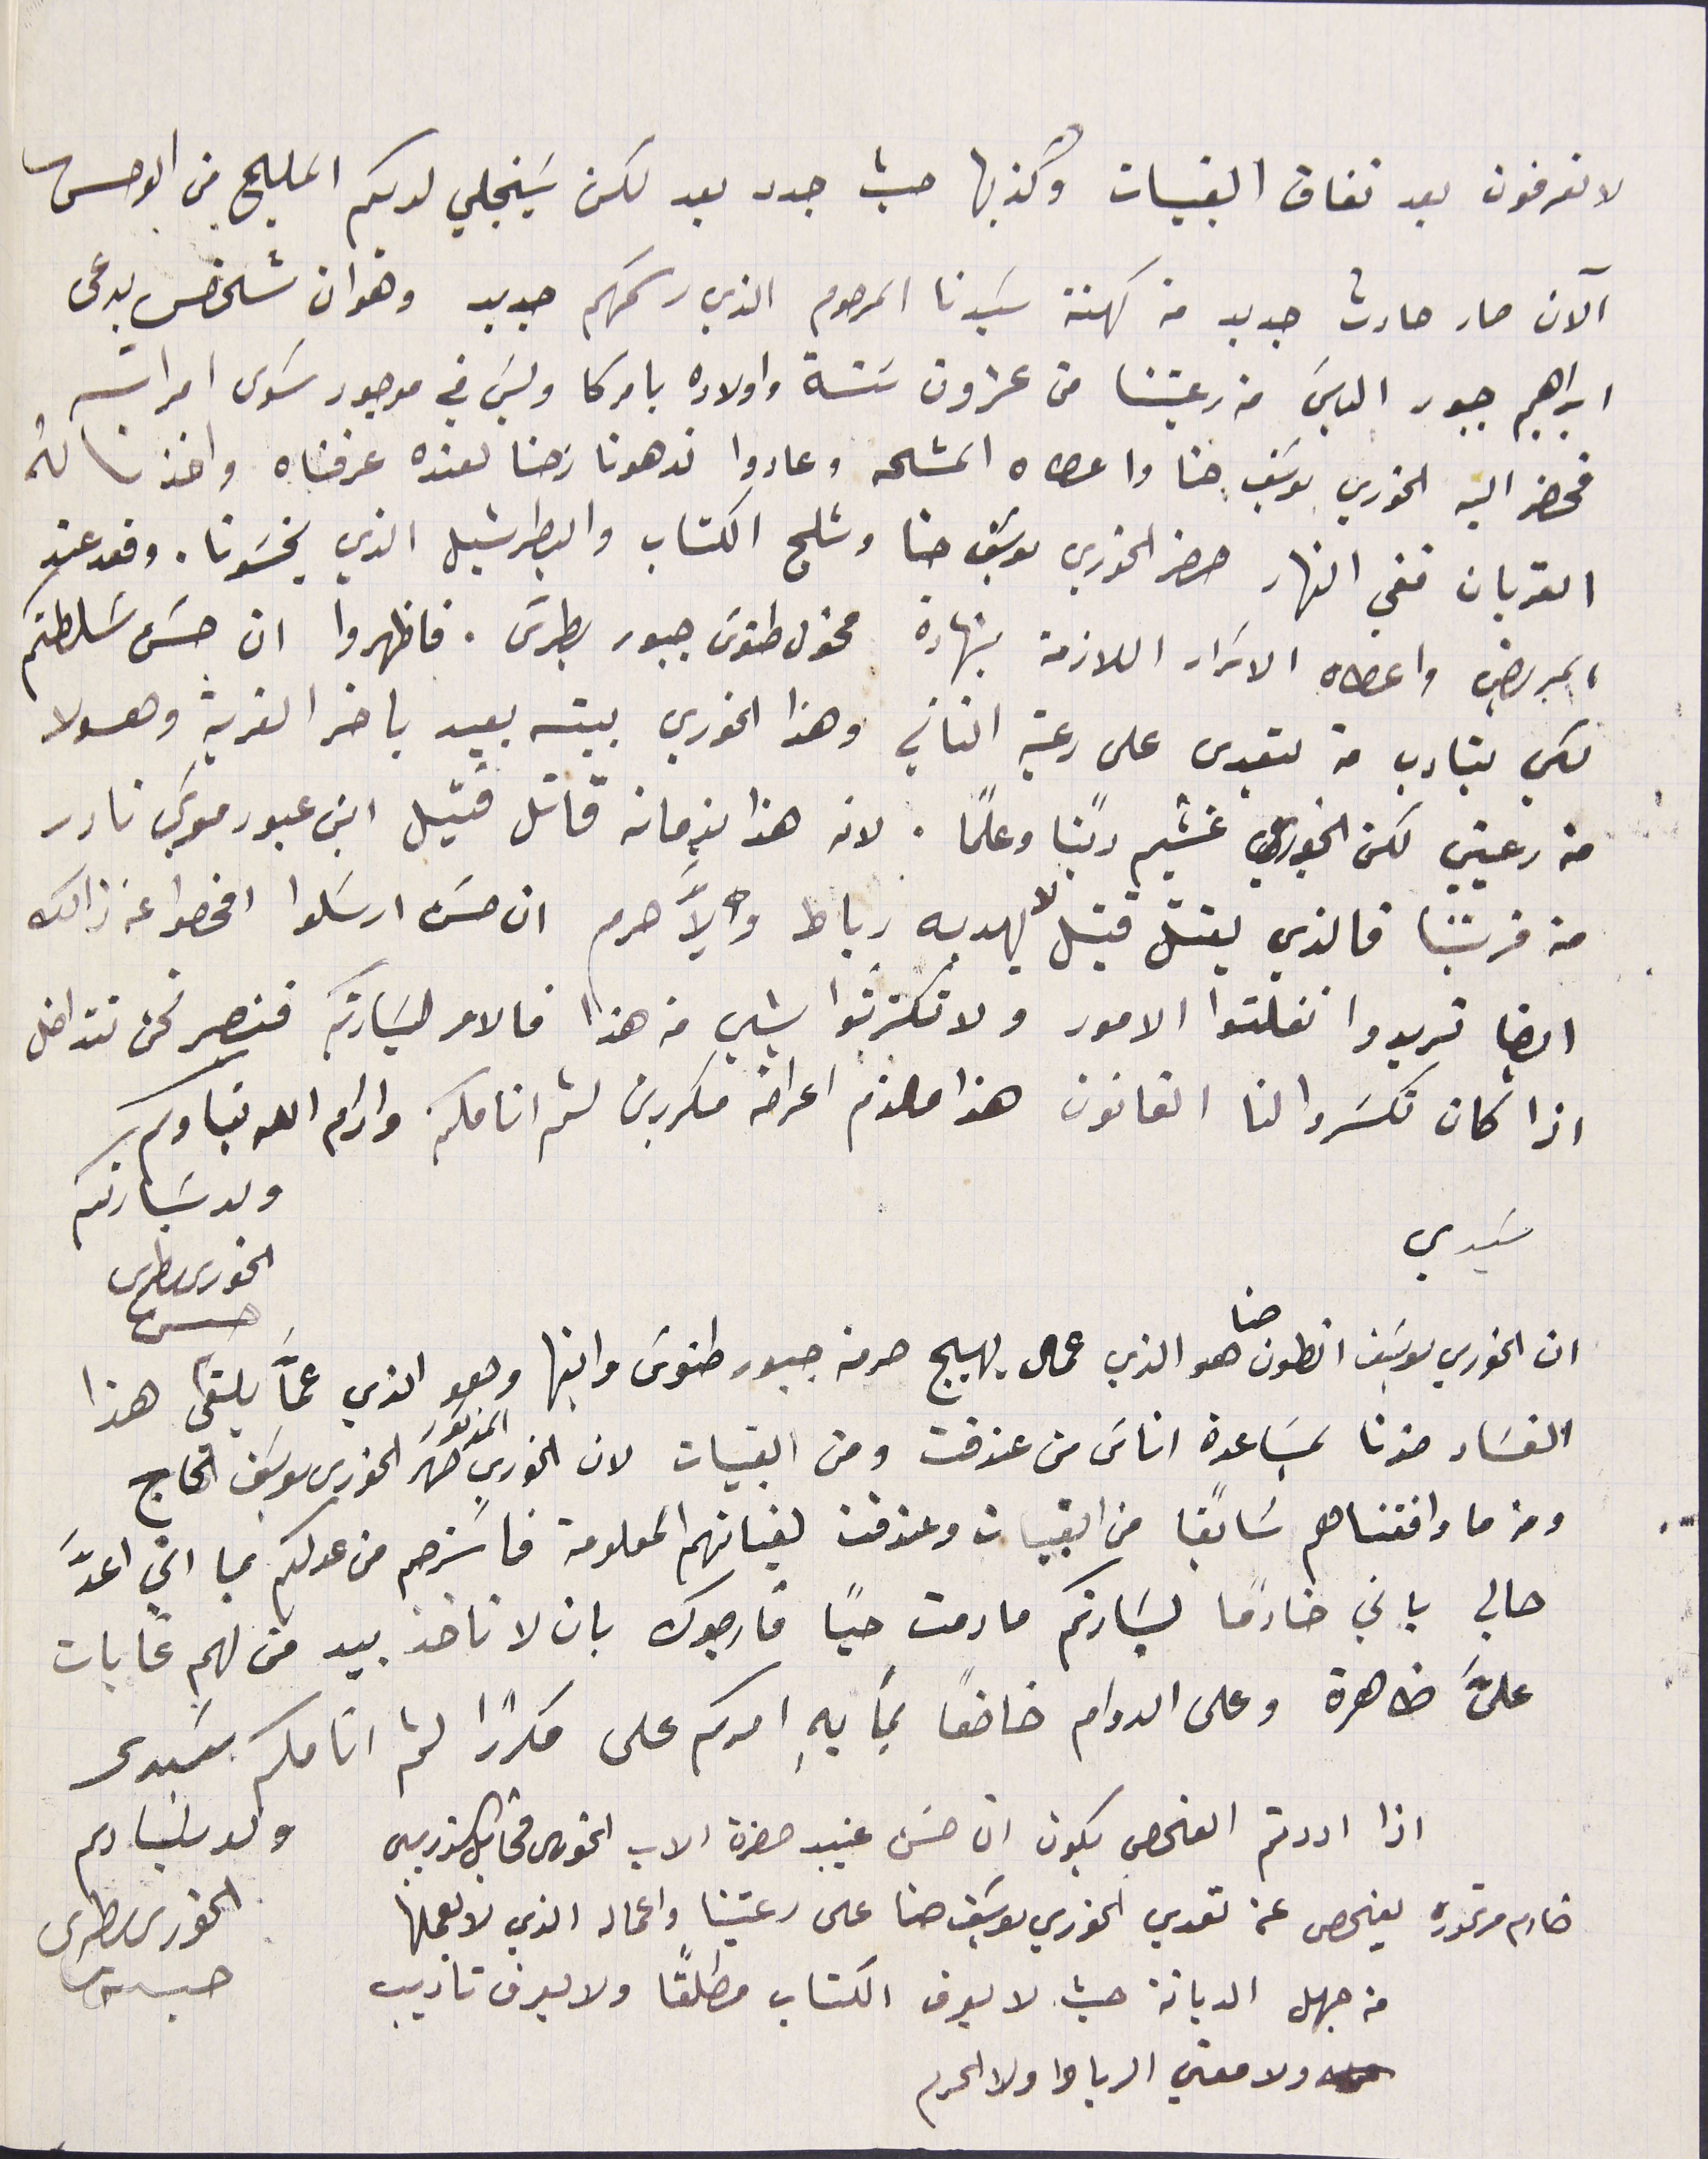
لا تعرفون بعد نفاق القبيات وكذبها حيث جدد بعد لكن سَينجلي لديكم المليح من الوحس
الآن صار حادث جديد من كهنة سَيدنا المرحوم الذي رسَمهم جديد وهو ان شخص يدعى
ابراهيم جبور الياسَ من رعيتنا من عشرون سَنة واولاده بامركا وليسَ في موجود سوى امراته
فحضر اليه الخوري يوسَف حنا واعطاه المشحه وعادوا ندهونا رحنا لعنده عرفناه واخذنا لهُ
القربان ففي النهار حضر الخوري يوسَف حنا وشلح الكتاب والبطرشيل الذي يخسَونا. وقعد عند
المريض واعطاه الاسَرار اللازمة بشهادة مخول طنوسَ جبور بطرسَ. فاظهروا ان حسَن سَلطتكم
لكي يتادب من يتعدى على رعية التاني وهذا الخوري بيته بعيد باخر القرية وهو لا
من رعيتي لكن الخوري غشيم دينًا وعلمًا. لانه هذا بزمانه قاتل قتيل ابن عبود موسَي نادر
 من قريتنا فالذي يقتل قتيل لا يهديه رباط والاَّ حرم ان حسَن ارسَلوا افحصوا عن ذالك
ايضا تريدوا نفلتوا الامور ولا تكترثوا بشي من هذا فالامر لسَيادتكم فنصير نحن نتداخل
اذا كان تكسَروا لنا القانون هذا ملزم اعراضه مكررين لثم انامكم وادام الله بقاوكم
سَيدي
 ان الخوري يوسَف انطون حنا هو الذي عمال يهيج حرمة جبور طنوسَ وابنها وهو الذي عمَّا يلقي هذا
الخورى بطرس حسن
الفسَاد ضدنا بمسَاعدة اناسَ من عندقت ومن القبيات لان الخوري المذكور صهرَ الخورى يوسَف الحاج
 ومن ما وافقناهم سَابقًا من القبيات وعندقت لغياتهم المعلومة فاسَترحم من عدلكم بما اني اعدَّ
حالي باني خادماً لسَيادتكم مادمت حيًا فارجوك بان لا تاخذ بيد من لهم غايات
 علىَّ ظاهرة وعلى الدوام خاضعاً بما بهِ امركم على مكرراً لثم انامكم سيدي
اذا اردتم الفحص يكون ان حسَن غيب حضرة الاب الخورى مخايل الذريبي                                           ولد سَيادىم
خادم مرتموره يفحص عن تعدي الخوري يوسَف حنا على رعيتنا واعماله الذي لا نعملها
من جهل الديانة حيث لا يعرف الكتاب مطلقًا ولا يعرف تاديب
ولا معني الرباط ولا الحرم
ولد سَيادتكم
الخورى بطرس حبس